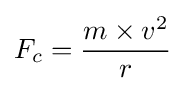
F_{c}={\frac {m\times v^{2}}{r}}